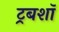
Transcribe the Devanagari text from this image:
ट्रबशॉ